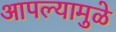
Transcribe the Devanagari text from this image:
आपल्यामुळे